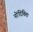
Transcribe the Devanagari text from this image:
नोंदिविता